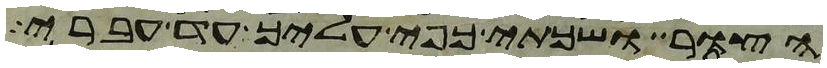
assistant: הצור ושכתי כפי עליך עד עברי